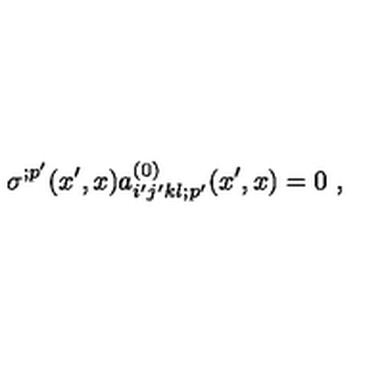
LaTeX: \sigma ^ { ; p ^ { \prime } } ( x ^ { \prime } , x ) a _ { i ^ { \prime } j ^ { \prime } k l ; p ^ { \prime } } ^ { ( 0 ) } ( x ^ { \prime } , x ) = 0 \ ,